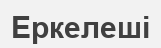
Еркелеші